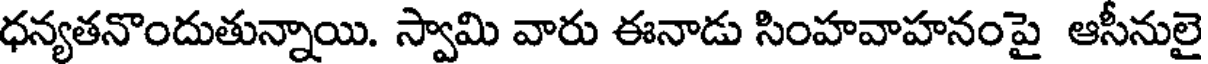
ధన్యతనొందుతున్నాయి. స్వామి వారు ఈనాడు సింహవాహనంపై ఆసీనులై